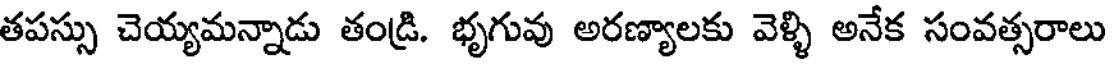
తపస్సు చెయ్యమన్నాడు తండ్రి. భృగువు అరణ్యాలకు వెళ్ళి అనేక సంవత్సరాలు